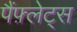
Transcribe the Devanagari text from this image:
पैंफ़्लेट्स